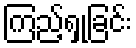
ကြည့်ရှုခြင်း